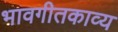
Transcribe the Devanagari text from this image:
भावगीतकाव्य